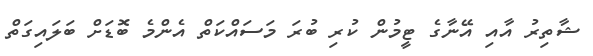
ޝާތިރު އާއި އޭނާގެ ޓީމުން ކުރި ބުރަ މަސައްކަތް އެންމެ ބޮޑަށް ބަލައިގަތް